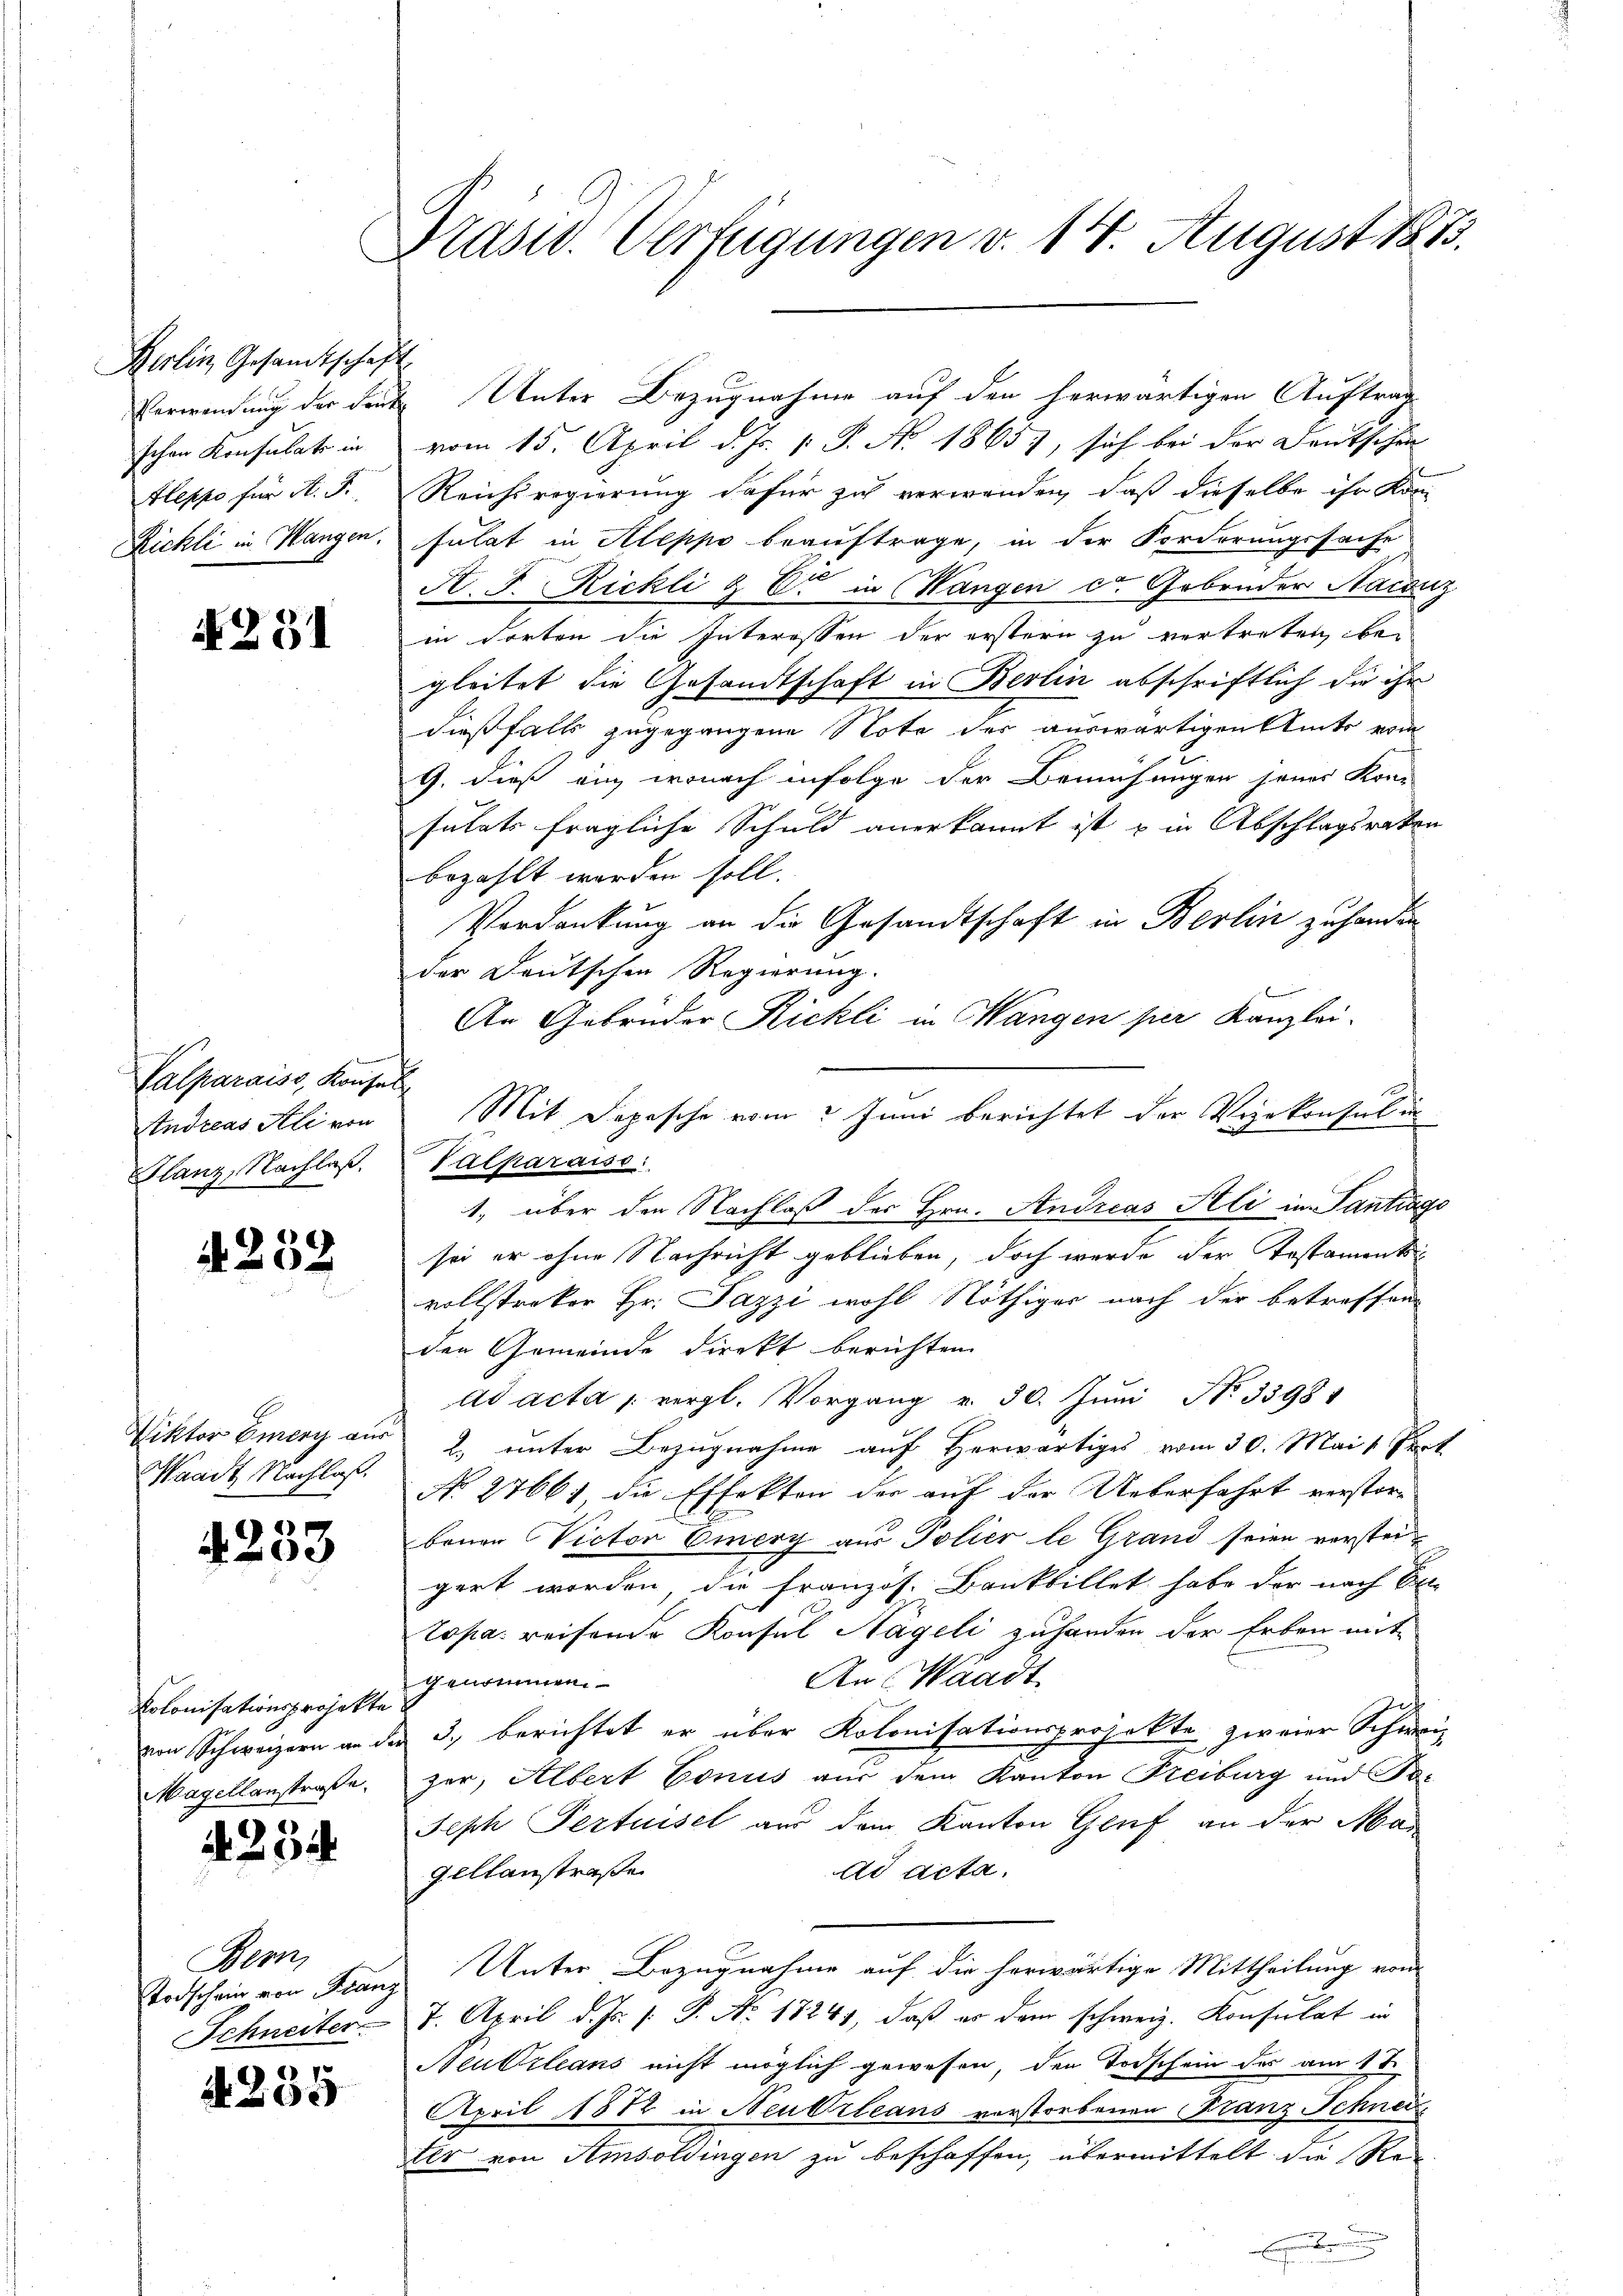
Berlin Gesandtschaft
schen Konsulats in
Fleppe für A. F.

A 251

Valparaiss Konsul
Glanz, Nachlaß.

A 232

Waadt Nachlaß.

4233

Kolonisationsprojekte.

A. 351

Bern,

A. 255

Präsid. Verfügungen v. 14. August 1873.

Verwendung der deute Unter Bezugnahme auf den herwärtigen Auftrag
vom 15. April d. Js. [ P. No. 1865), sich bei der Deutschen |
Reichsregierung dafür zu verwenden, daß dieselbe ihr Kon
Rickli in Hangen, sulat in Aleppe beauftrage, in der Forderungssache
A. F. Rickli & Er in Wangen ca. Gebrüder Nacanz
in dorten die Interessen der erstern zu vertreten begleitet die Gesandtschaft in Berlin abschriftlich die ihr
dießfalls zugegangene Note der auswärtigen Amts vom
G. dieß auch wonach infolge der Bemühungen jenes Kon-
sulats fragliche Schuld anerkannt ist u in Abschlagsraten
bezahlt worden soll.
Verdankung an die Gesandtschaft in Berlin zu handen
der Deutschen Regierung.
An Gebrüder Richli in Wangen per Kanzlei-
Endreas Ali von Mit Depesche vom 2. Juni berichtet der Vizekonsul in
1., über den Nachlaß der Hrn. Andreas Stli in Santrags
sei er ohne Nachricht geblieben, doch werde der Testamentsvollstreker Hr. Pazzi wohl Nöthiger nach der betreffend
den Gemeinde direkt berichten
ad acta vergl. Vorgang v. 30. Jŭni No 33981
Viktor Euery aus 2. unter Bezugnahme auf herwärtiges vom 30. Mai, Part
No 2766; die Effekten der auf der Ueberfahrt verstor-
benen Victor Emery aus Polier le Grand seien versteigert worden, die Französ. Bankbillet habe der nach Er-
topa. reisende Konsul Nägeli zuhanden der Erben mit
An Waadt
genommen.
von Schweizern an der 3. berichtet er über Kolonisationsprojekte zweier Schweiz
Magellanstraße, zer, Albert Conus aus dem Kanton Freiburg und Pre
Seph Pertuisel aus dem Kanton Genf an der Mapellanstraße
dd acta.
Todschein von Franz Unter Bezugnahme auf die herwärtige Mittheilung von
Schneiter 8. April d. Js. /: P. Nr. 1724, daß es dem schweiz. Konsulat in
Neutrleans nicht möglich gewesen, den Todschein des am 1t
April 1812 in Neubrleans vorstorbenen Franz Schnei
ter von Amsoldingen zu beschaffen, übermittelt die Ree

Valparaise